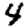
Digit: 4